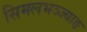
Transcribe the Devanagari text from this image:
सिमलभञ्ज्याङ